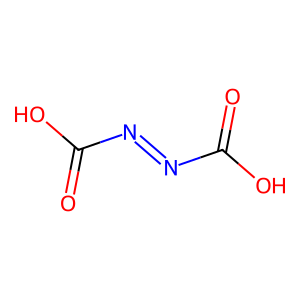
SMILES: O=C(O)N=NC(=O)O
Inhibits HIV replication: No